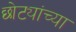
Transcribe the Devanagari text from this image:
छोट्यांच्या